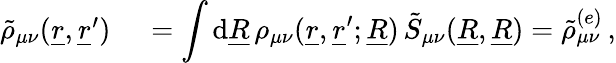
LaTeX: \begin{array}{rl}{\tilde{\rho}_{\mu\nu}(\underline{{r}},\underline{{r}}^{\prime})\, }&{{}=\displaystyle\int\mathrm{d}\underline{{R}}\, \rho_{\mu\nu}(\underline{{r}},\underline{{r}}^{\prime};\underline{{R}})\, \tilde{S}_{\mu\nu}(\underline{{R}},\underline{{R}})=\tilde{\rho}_{\mu\nu}^{(e)}\, ,}\end{array}